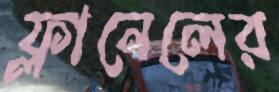
ফ্লানেলের